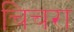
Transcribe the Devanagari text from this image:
चिचरा